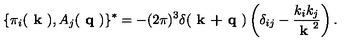
\{ \pi _ { i } ( \textbf { k } ) , A _ { j } ( \textbf { q } ) \} ^ { * } = - ( 2 \pi ) ^ { 3 } \delta ( \textbf { k + q } ) \left( \delta _ { i j } - \frac { k _ { i } k _ { j } } { \textbf { k } ^ { 2 } } \right) .